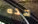
هذه